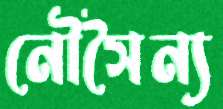
নৌসৈন্য